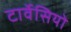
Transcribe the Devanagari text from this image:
टार्वेसियो